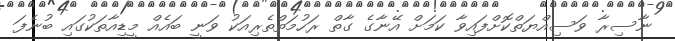
ނާސިރާ ވަސިއްޔަތްކޮށްފައިވާ ކަމަށް އޭނާގެ ގާތް ރަހުމަތްތެރިއަކު ވަނީ ބައެއް މީޑިއާތަކުގައި ބުނެފަ